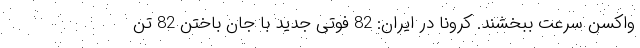
واکسن سرعت ببخشند. کرونا در ایران: 82 فوتی جدید با جان باختن 82 تن